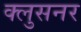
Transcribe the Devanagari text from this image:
क्लुसनर